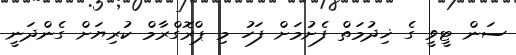
ސަން ޓީވީ ގެ ޚިދުމަތް ފެށުމަށް ފަހު މި ޕްރޮގްރާމް ކުރިޔަށް ގެންދަނީ